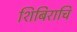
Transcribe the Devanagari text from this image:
शिबिराचि